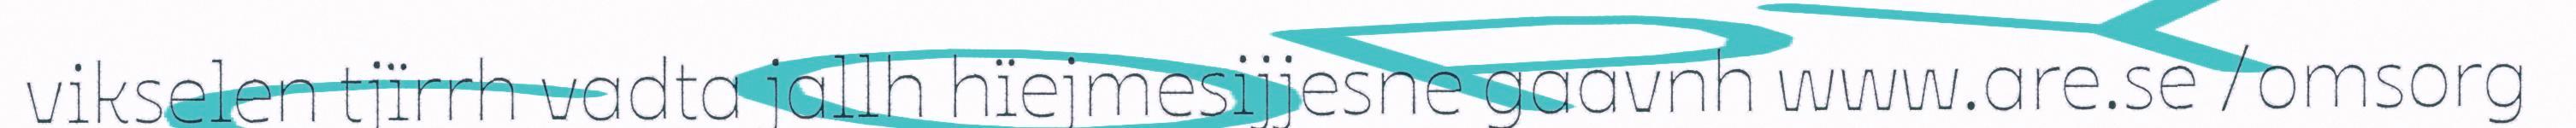
vikselen tjïrrh vadta jallh hïejmesijjesne gaavnh www.are.se /omsorg